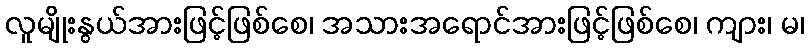
လူမျိုးနွယ်အားဖြင့်ဖြစ်စေ၊ အသားအရောင်အားဖြင့်ဖြစ်စေ၊ ကျား၊ မ၊